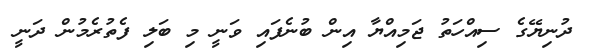
ދުނިޔޭގެ ސިއްހަތު ޖަމިއްޔާ އިން ބުނެފައި ވަނީ މި ބަލި ފެތުރެމުން ދަނީ